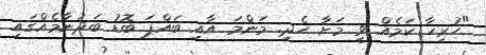
"ހުރިހާ ކަމެއް ވީ މަށާ ހެދި. މަންމަ އާއި ބައްޕަ ބޮޑު ބަދުނާމެއްގައި